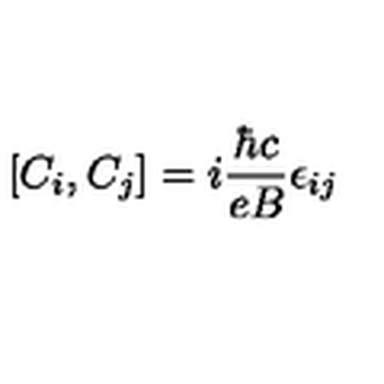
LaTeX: \left[ C _ { i } , C _ { j } \right] = i \frac { \hbar c } { e B } \epsilon _ { i j }